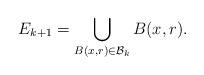
LaTeX: \begin{align*} E_{k+1} = \bigcup_{B(x,r) \in \mathcal B_k} B(x,r). \end{align*}